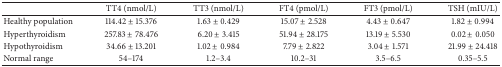
<table><thead><tr><td><b> </b></td><td><b>TT4 (nmol/L)</b></td><td><b>TT3 (nmol/L)</b></td><td><b>FT4 (pmol/L)</b></td><td><b>FT3 (pmol/L)</b></td><td><b>TSH (mIU/L)</b></td></tr></thead><tbody><tr><td>Healthy population</td><td>114.42 ± 15.376</td><td>1.63 ± 0.429</td><td>15.07 ± 2.528</td><td>4.43 ± 0.647</td><td>1.82 ± 0.994</td></tr><tr><td>Hyperthyroidism</td><td>257.83 ± 78.476</td><td>6.20 ± 3.415</td><td>51.94 ± 28.175</td><td>13.19 ± 5.530</td><td>0.02 ± 0.050</td></tr><tr><td>Hypothyroidism</td><td>34.66 ± 13.201</td><td>1.02 ± 0.984</td><td>7.79 ± 2.822</td><td>3.04 ± 1.571</td><td>21.99 ± 24.418</td></tr><tr><td>Normal range</td><td>54–174 </td><td>1.2–3.4 </td><td>10.2–31</td><td>3.5–6.5</td><td>0.35–5.5</td></tr></tbody></table>